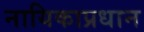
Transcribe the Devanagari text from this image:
नायिकाप्रधान